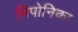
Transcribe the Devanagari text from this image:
निपोनिका